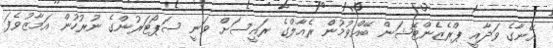
އޭނާގެ ވަދާއީ ޕްރެޒެންޓޭޝަން ބޭއްވުމުން ރެއާލްގެ ރައީސަށް ވަނީ ސަޕޯޓަރުންގެ ނުރުހުން އަމާޒުވެފަ